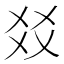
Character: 㸚